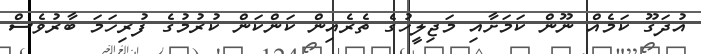
އުދަގޫ ކަމެއް ނޫން ކަމަށާއި މަޖިލީހުގެ ތެރެއިން ކަންކަން ކުރުމުގެ ފުރިހަމަ ބާރުވެސް